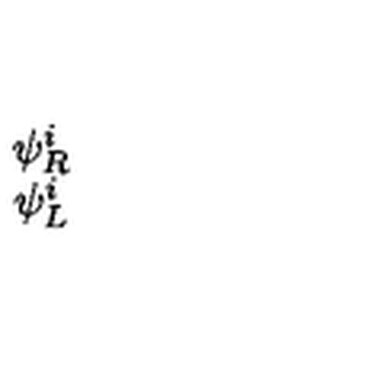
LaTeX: \begin{array} { c } { \psi _ { R } ^ { i } } \\ { \psi _ { L } ^ { i } } \\ \end{array}